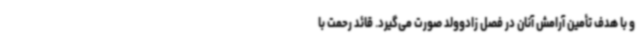
و با هدف تأمین آرامش آنان در فصل زادوولد صورت می‌گیرد. قائد رحمت با